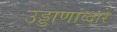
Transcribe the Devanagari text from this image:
उड्डाणांव्दारे